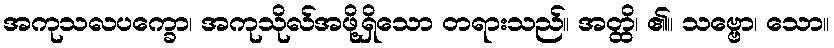
အကုသလပက္ခော၊ အကုသိုလ်အဖို့ရှိသော တရားသည်။ အတ္ထိ၊ ၏။ သဗ္ဗော၊ သော။